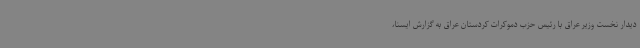
دیدار نخست وزیر عراق با رئیس حزب دموکرات کردستان عراق به گزارش ایسنا،